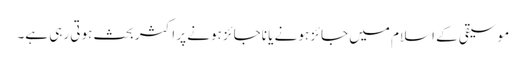
موسیقی کے اسلام میں جائز ہونے یا ناجائز ہونے پر اکثر بحث ہوتی رہی ہے۔